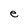
Character: e